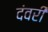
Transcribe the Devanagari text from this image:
दंवरी